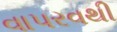
વાપરવથી